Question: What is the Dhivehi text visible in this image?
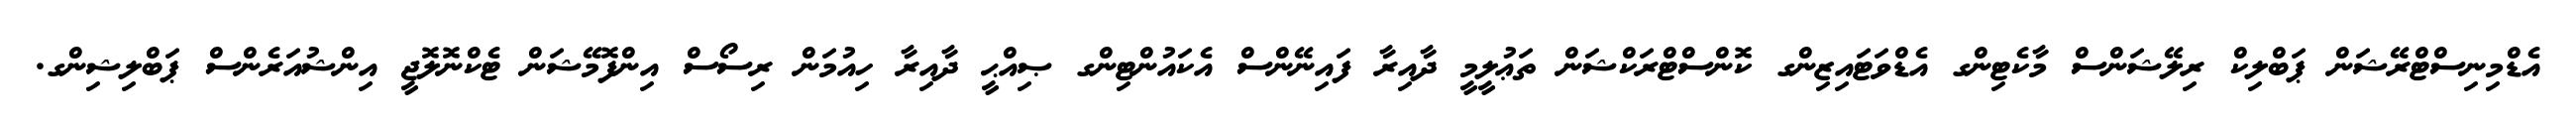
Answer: އެޑްމިނިސްޓްރޭޝަން ޕަބްލިކް ރިލޭޝަންސް މާކެޓިންގ އެޑްވަޓައިޒިންގ ކޮންސްޓްރަކްޝަން ތަޢުލީމީ ދާއިރާ ފައިނޭންސް އެކައުންޓިންގ ޞިއްޙީ ދާއިރާ ހިއުމަން ރިސޯސް އިންފޮމޭޝަން ޓެކްނޮލޮޖީ އިންޝުއަރެންސް ޕަބްލިޝިންގ.